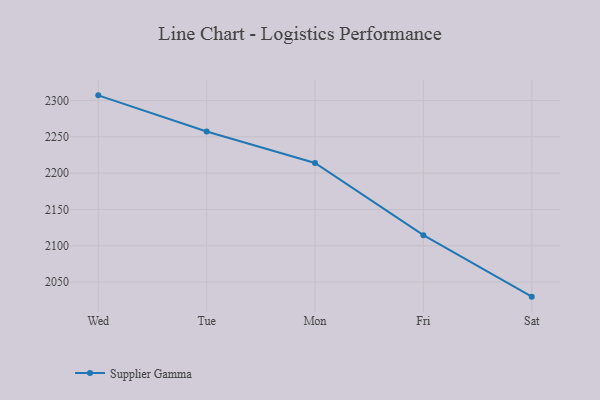
{"axis": {"x": "Day", "y": "Temperature (°C)"}, "legend": ["Supplier Gamma"], "data": [{"x": "Wed", "y": 2307.0, "type": "Supplier Gamma"}, {"x": "Tue", "y": 2257.3, "type": "Supplier Gamma"}, {"x": "Mon", "y": 2213.9, "type": "Supplier Gamma"}, {"x": "Fri", "y": 2114.6, "type": "Supplier Gamma"}, {"x": "Sat", "y": 2030.0, "type": "Supplier Gamma"}]}